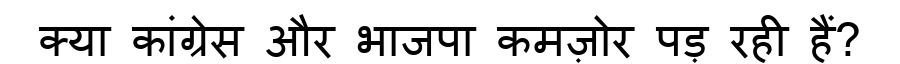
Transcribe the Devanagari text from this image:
क्या कांग्रेस और भाजपा कमज़ोर पड़ रही हैं?